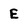
Character: E